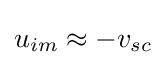
u_{im}\approx -v_{sc}